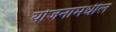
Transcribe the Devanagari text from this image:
योजनामधील